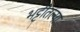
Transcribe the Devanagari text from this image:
भट्टीतल्या